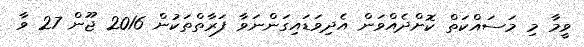
ވީމާ މި މަސައްކަތް ކޮށްދެއްވަން އެދިވަޑައިގަންނަވާ ފަރާތްތަކުން 2016 ޖޫން 27 ވާ